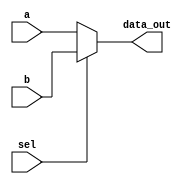
module mux
(
   input [63:0] a, 
   input [63:0] b,
   input sel,
   output reg [63: 0] data_out
   
);

     always @ (sel or a or b)
          begin
               case({sel})
                 1'b0: data_out <= a;
                 default : data_out <= b;
               endcase
          end
endmodule